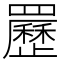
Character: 䍥